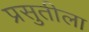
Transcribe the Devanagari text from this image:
प्रसुतीला